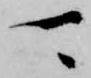
可